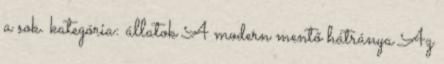
a sok. kategória: állatok A modern mentő hátránya Az